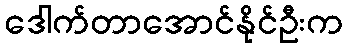
ဒေါက်တာအောင်နိုင်ဦးက